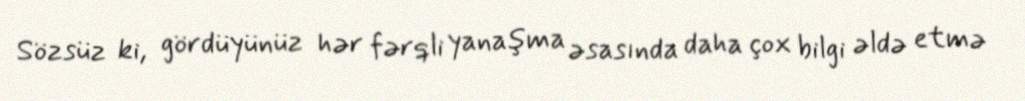
Sözsüz ki, gördüyünüz hər fərqli yanaşma əsasında daha çox bilgi əldə etmə